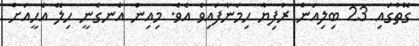
ގޮތުގައި 23 ބިލިއަން ރުފިޔާ ހިމަނާފައިވެ އެވެ. މިއިން އެނގެނީ ހިލޭ އެހީއަށް